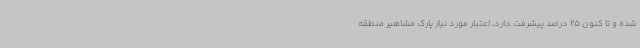
شده و تا کنون 25 درصد پیشرفت دارد، اعتبار مورد نیاز پارک مشاهیر منطقه